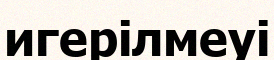
игерілмеуі